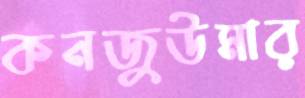
কনজুউমার